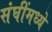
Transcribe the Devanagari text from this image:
संघींमध्ये